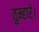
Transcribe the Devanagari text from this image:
तुम्हारे।